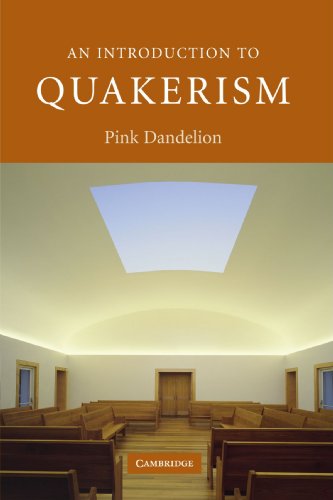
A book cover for An Introduction to Quakerism (Introduction to Religion); Pink Dandelion; Christian Books & Bibles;